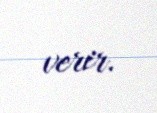
verir.